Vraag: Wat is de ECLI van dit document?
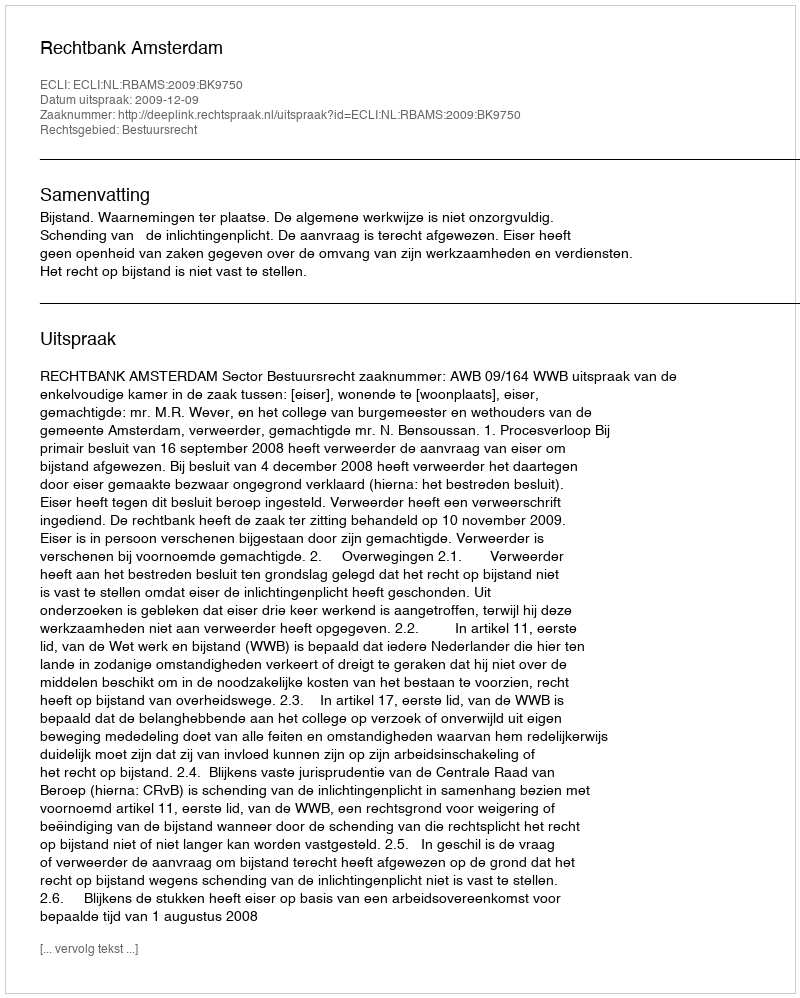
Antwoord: ECLI:NL:RBAMS:2009:BK9750